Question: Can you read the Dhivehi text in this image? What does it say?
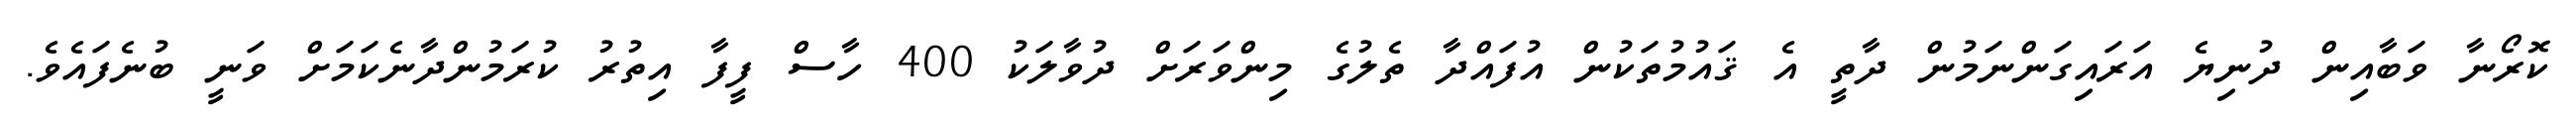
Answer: ކޮރޯނާ ވަބާއިން ދުނިޔެ އަރައިގަންނަމުން ދާތީ އެ ޤައުމުތަކުން އުފައްދާ ތެލުގެ މިންވަރަށް ދުވާލަކު 400 ހާސް ފީފާ އިތުރު ކުރަމުންދާނެކަމަށް ވަނީ ބުނެފައެވެ.